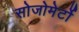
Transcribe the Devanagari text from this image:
सोजोमेर्टो